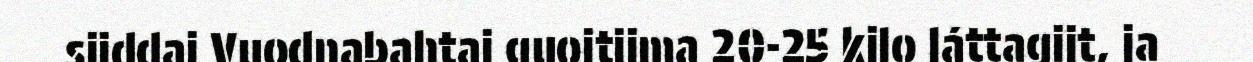
sijddaj Vuodnabahtaj guojtijma 20-25 kilo láttagijt, ja